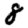
Digit: 8